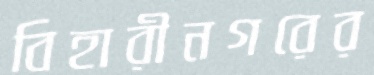
বিহারীনগরের